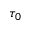
\tau _ { 0 }